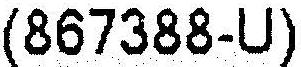
(867388-U)